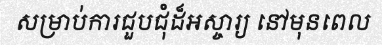
សម្រាប់ការជួបជុំដ៏អស្ចារ្យ នៅមុនពេល